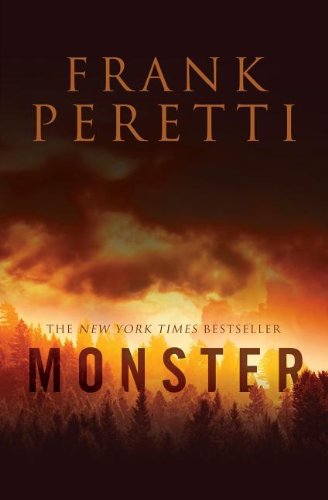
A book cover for Monster; Frank E. Peretti; Religion & Spirituality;